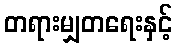
တရားမျှတရေးနှင့်